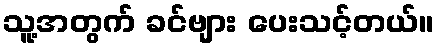
သူ့အတွက် ခင်ဗျား ပေးသင့်တယ်။